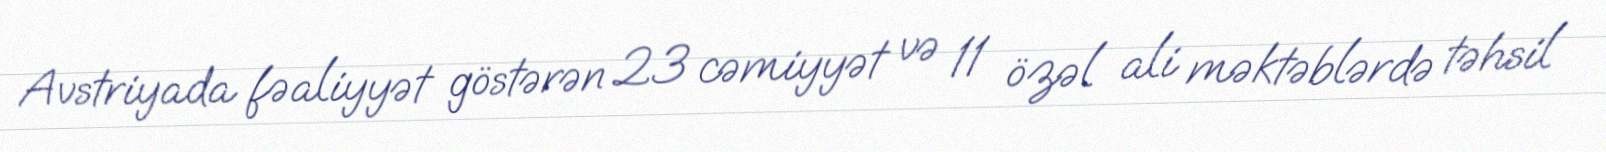
Avstriyada fəaliyyət göstərən 23 cəmiyyət və 11 özəl ali məktəblərdə təhsil